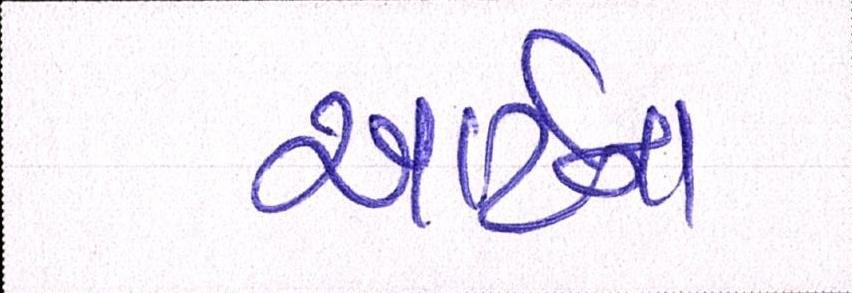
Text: આર્ટના